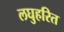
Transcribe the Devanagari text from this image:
लघुहरित